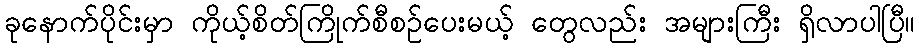
ခုနောက်ပိုင်းမှာ ကိုယ့်စိတ်ကြိုက်စီစဉ်ပေးမယ့် တွေလည်း အများကြီး ရှိလာပါပြီ။